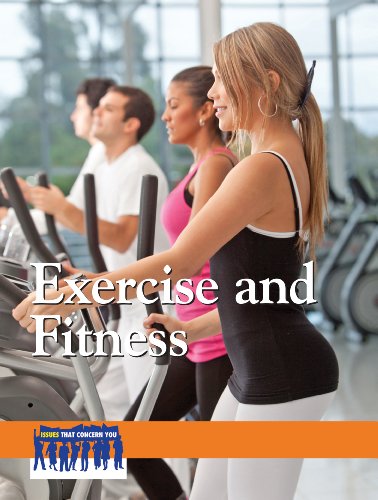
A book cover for Exercise and Fitness (Issues That Concern You); Laurie Willis; Teen & Young Adult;